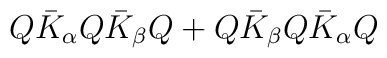
Q \bar{K}_\alpha Q \bar{K}_\beta Q + Q \bar{K}_\beta Q \bar{K}_\alpha Q